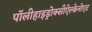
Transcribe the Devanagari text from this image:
पॉलीहाइड्रोक्सीऐल्केनोएट